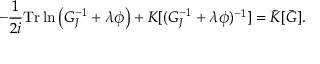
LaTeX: - \frac { 1 } { 2 i } \mathrm { T r } \ln \left( G _ { J } ^ { - 1 } + \lambda \phi \right) + { \cal K } [ ( G _ { J } ^ { - 1 } + \lambda \phi ) ^ { - 1 } ] = \bar { \cal K } [ \bar { G } ] .